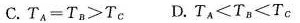
C.$$T _ { A } = T _ { B } > T _ { C }$$ D.$$T _ { A } < T _ { B } < T _ { C }$$